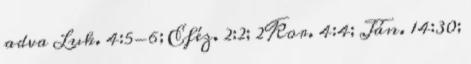
adva Luk. 4:5-6; Eféz. 2:2; 2Kor. 4:4; Ján. 14:30;